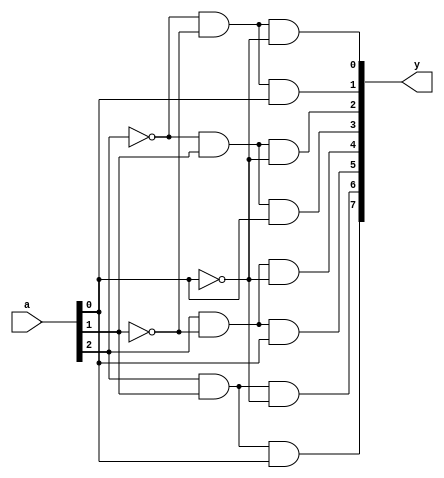
`timescale 1ns / 1ps
//////////////////////////////////////////////////////////////////////////////////
// Company: 
// Engineer: 
// 
// Design Name: 
// Module Name:    DEC_3to8 
// Project Name: 
// Target Devices: 
// Tool versions: 
// Description: 
//
// Dependencies: 
//
// Revision: 
// Revision 0.01 - File Created
// Additional Comments: 
//
//////////////////////////////////////////////////////////////////////////////////
module DEC_3to8(
	input wire[2:0] a,
	output wire[7:0] y
);

	assign y[0] = !a[2] & !a[1] & !a[0];
	assign y[1] = !a[2] & !a[1] & a[0];
	assign y[2] = !a[2] & a[1] & !a[0];
	assign y[3] = !a[2] & a[1] & a[0];
	assign y[4] = a[2] & !a[1] & !a[0];
	assign y[5] = a[2] & !a[1] & a[0];
	assign y[6] = a[2] & a[1] & !a[0];
	assign y[7] = a[2] & a[1] & a[0];

endmodule